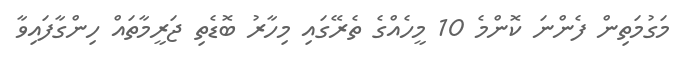
މަގުމަތިން ފެންނަ ކޮންމެ 10 މީހެއްގެ ތެރޭގައި މިހާރު ބޮޑެތި ޖަރީމާތައް ހިންގާފައިވާ